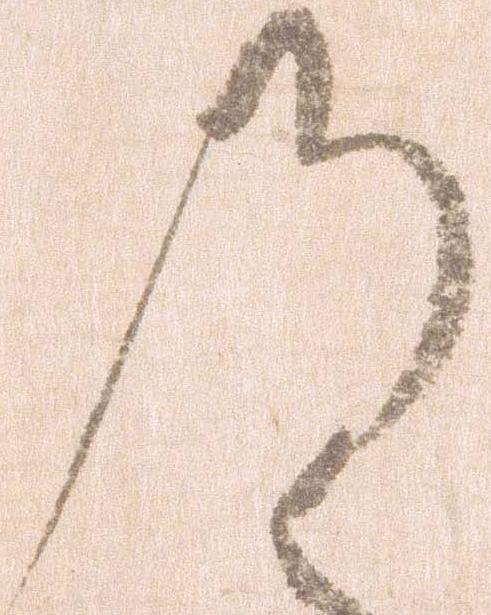
の